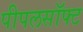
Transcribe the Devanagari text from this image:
पीपलसॉफ्ट